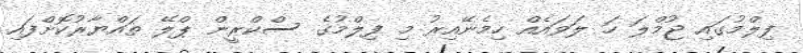
ފިލްމުގައި ޖުމްލަ ހަ ލަވައެެއް ހިމެނޭއިރު މި ފިލްމުގެ ސްކްރީން ޕްލޭ ތައްޔާރުކޮށްފައި